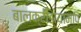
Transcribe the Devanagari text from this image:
बालक्रीडायामपि